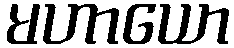
မဟာယော